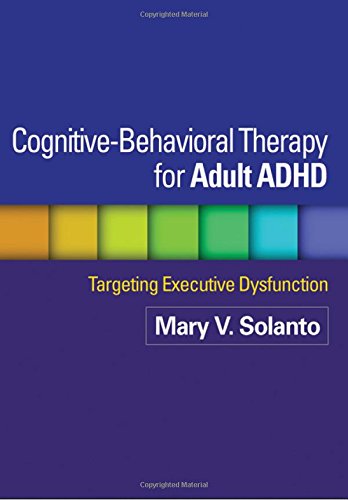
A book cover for Cognitive-Behavioral Therapy for Adult ADHD: Targeting Executive Dysfunction; Mary V. Solanto PhD; Health, Fitness & Dieting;